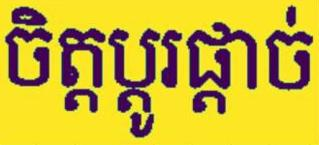
ចិត្តប្ដូរផ្ដាច់